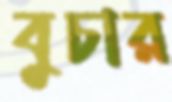
বুচার